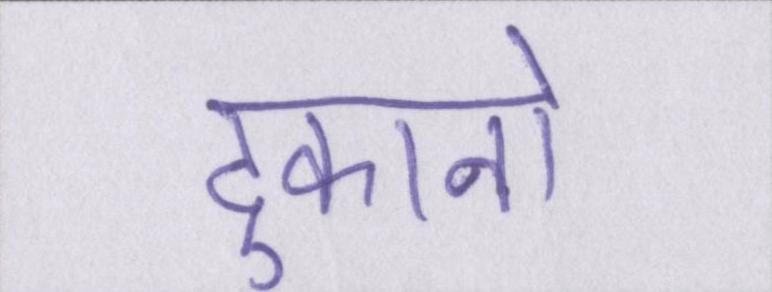
दुकानो